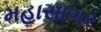
મહાસાગર